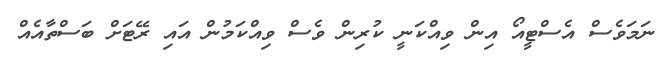
ނަމަވެސް އެސްޓީއޯ އިން ވިއްކަނީ ކުރިން ވެސް ވިއްކަމުން އައި ރޭޓަށް ބަސްތާއެއް